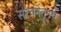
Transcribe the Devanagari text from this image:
संरचनेतूनच